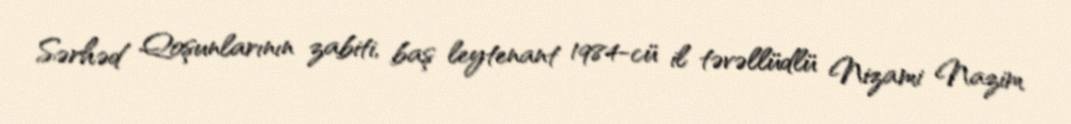
Sərhəd Qoşunlarının zabiti, baş leytenant 1984-cü il təvəllüdlü Nizami Nazim